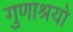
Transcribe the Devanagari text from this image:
गुणाश्रयो